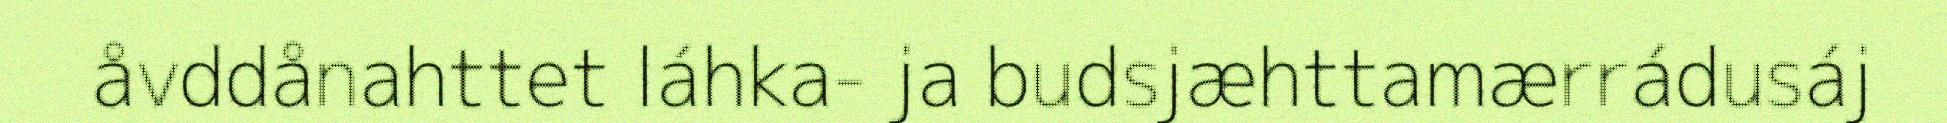
åvddånahttet láhka- ja budsjæhttamærrádusáj